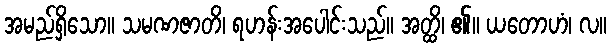
အမည်ရှိသော။ သမဏဇာတိ၊ ရဟန်းအပေါင်းသည်။ အတ္ထိ၊ ၏။ ယတောဟံ၊ လ။